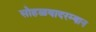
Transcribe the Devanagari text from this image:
सोहळयादरम्यान